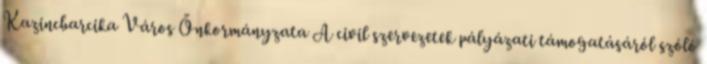
Kazincbarcika Város Önkormányzata A civil szervezetek pályázati támogatásáról szóló